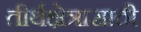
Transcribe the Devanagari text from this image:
तीर्थक्षेत्रासाठी